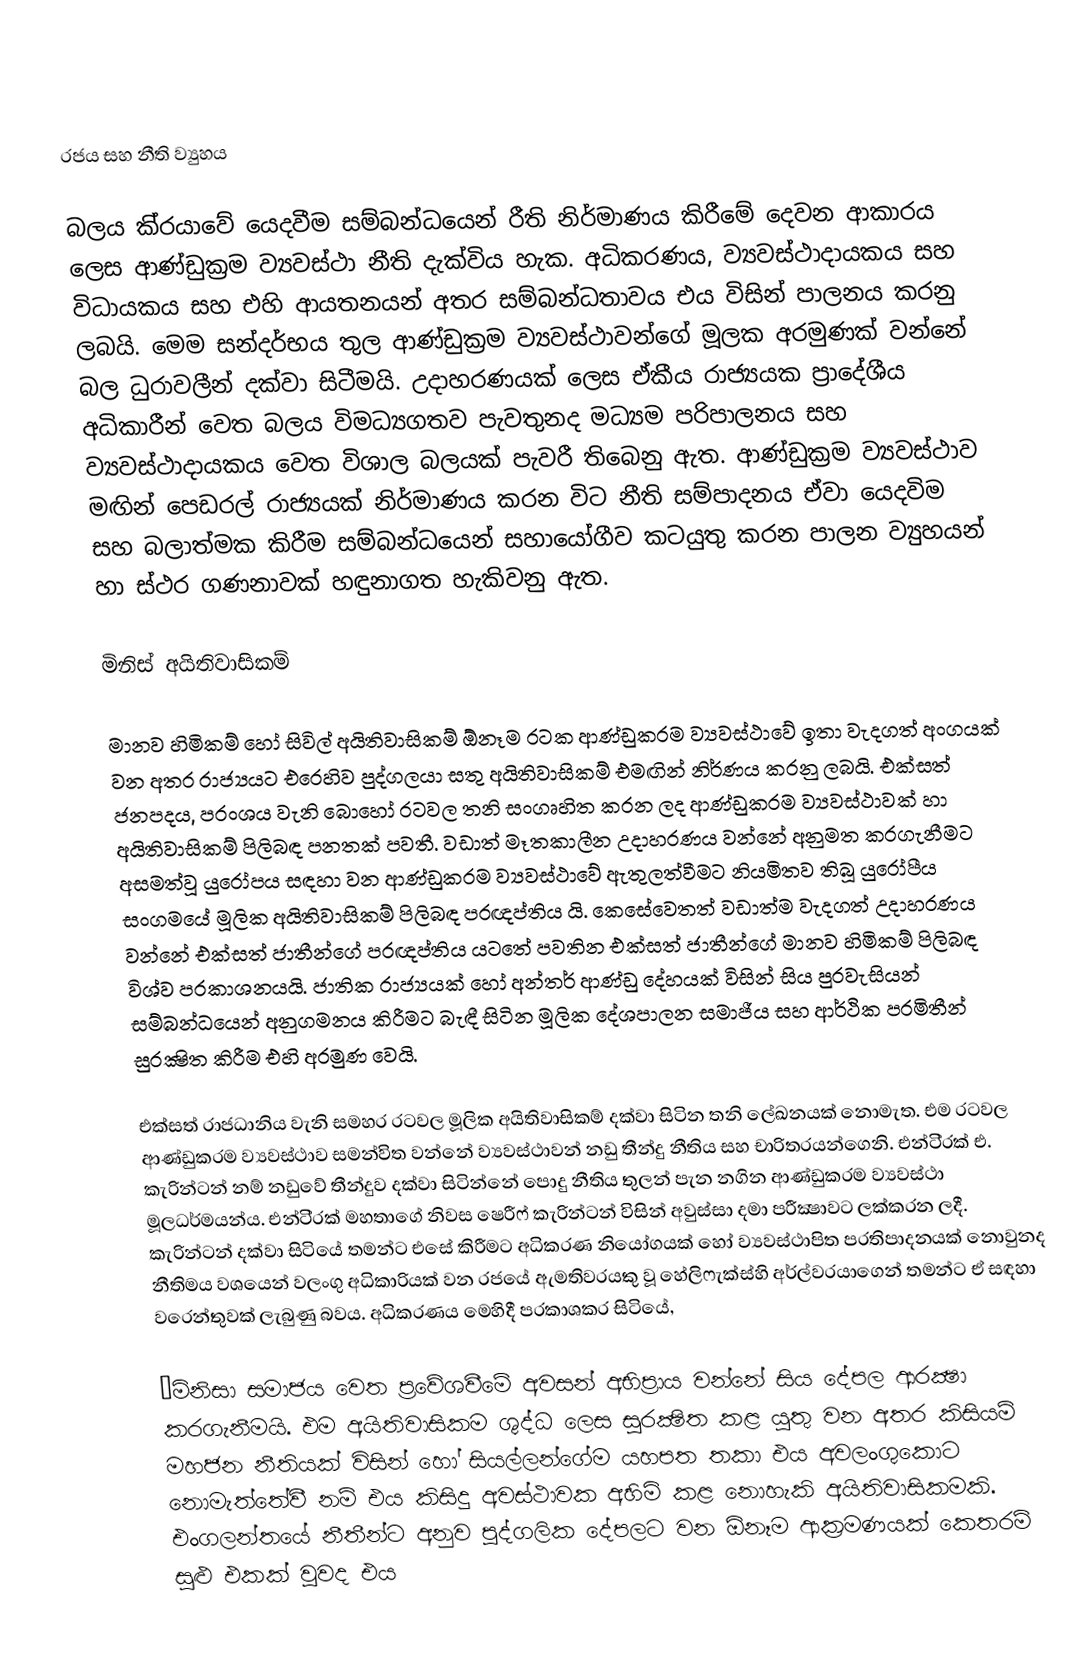

රජය සහ නීති ව්‍යුහය

බලය කි‍්‍රයාවේ යෙදවීම සම්බන්ධයෙන් රීති නිර්මාණය කිරීමේ දෙවන ආකාරය ලෙස ආණ්ඩුක‍්‍රම ව්‍යවස්ථා නීති දැක්විය හැක. අධිකරණය, ව්‍යවස්ථාදායකය සහ විධායකය සහ එහි ආයතනයන් අතර සම්බන්ධතාවය එය විසින් පාලනය කරනු ලබයි. මෙම සන්දර්භය තුල ආණ්ඩුක‍්‍රම ව්‍යවස්ථාවන්ගේ මූලක අරමුණක් වන්නේ බල ධුරාවලීන් දක්වා සිටීමයි. උදාහරණයක් ලෙස ඒකීය රාජ්‍යයක ප‍්‍රාදේශීය අධිකාරීන් වෙත බලය විමධ්‍යගතව පැවතුනද මධ්‍යම පරිපාලනය සහ ව්‍යවස්ථාදායකය වෙත විශාල බලයක් පැවරී තිබෙනු ඇත. ආණ්ඩුක‍්‍රම ව්‍යවස්ථාව මඟින් පෙඩරල් රාජ්‍යයක් නිර්මාණය කරන විට නීති සම්පාදනය ඒවා යෙදවිම සහ බලාත්මක කිරීම සම්බන්ධයෙන් සහායෝගීව කටයුතු කරන පාලන ව්‍යුහයන් හා ස්ථර ගණනාවක් හඳුනාගත හැකිවනු ඇත.

මිනිස් අයිතිවාසිකම්

මානව හිමිකම් හෝ සිවිල් අයිතිවාසිකම්  ඕනෑම රටක ආණ්ඩුක‍්‍රම ව්‍යවස්ථාවේ ඉතා වැදගත් අංගයක් වන අතර රාජ්‍යයට එරෙහිව පුද්ගලයා සතු අයිතිවාසිකම් එමඟින් නිර්ණය කරනු ලබයි. එක්සත් ජනපදය, ප‍්‍රංශය වැනි බොහෝ රටවල  තනි සංගෘහිත කරන ලද ආණ්ඩුක‍්‍රම ව්‍යවස්ථාවක් හා අයිතිවාසිකම් පිලිබඳ පනතක් පවතී. වඩාත් මෑතකාලීන උදාහරණය වන්නේ අනුමත කරගැනීමට අසමත්වූ යුරෝපය සඳහා වන ආණ්ඩුක‍්‍රම ව්‍යවස්ථාවේ ඇතුලත්වීමට නියමිතව තිබූ යුරෝපීය සංගමයේ මූලික අයිතිවාසිකම් පිලිබඳ ප‍්‍රඥප්තිය යි. කෙසේවෙතත් වඩාත්ම වැදගත් උදාහරණය වන්නේ එක්සත් ජාතීන්ගේ ප‍්‍රඥප්තිය යටතේ පවතින එක්සත් ජාතීන්ගේ මානව හිමිකම් පිලිබඳ විශ්ව ප‍්‍රකාශනයයි. ජාතික රාජ්‍යයක් හෝ අන්තර් ආණ්ඩු දේහයක් විසින් සිය පුරවැසියන් සම්බන්ධයෙන් අනුගමනය කිරීමට බැඳී සිටින මූලික දේශපාලන සමාජීය සහ ආර්ථික ප‍්‍රමිතීන් සුරක්‍ෂිත කිරීම එහි අරමුණ වෙයි.

එක්සත් රාජධානිය වැනි සමහර රටවල මූලික අයිතිවාසිකම් දක්වා සිටින තනි ලේඛනයක් නොමැත. එම රටවල ආණ්ඩුක‍්‍රම ව්‍යවස්ථාව සමන්විත වන්නේ ව්‍යවස්ථාවන් නඩු තීන්දු නීතිය සහ චාරිත‍්‍රයන්ගෙනි. එන්ටි‍්‍රක් එ. කැරින්ටන් නම් නඩුවේ තීන්දුව දක්වා සිටින්නේ පොදු නීතිය තුලන් පැන නගින ආණ්ඩුක‍්‍රම ව්‍යවස්ථා මූලධර්මයන්ය. එන්ටි‍්‍රක් මහතාගේ නිවස ෂෙරීෆ් කැරින්ටන් විසින් අවුස්සා දමා පරීක්‍ෂාවට ලක්කරන ලදී. කැරින්ටන් දක්වා සිටියේ තමන්ට එසේ කිරීමට අධිකරණ නියෝගයක් හෝ ව්‍යවස්ථාපිත ප‍්‍රතිපාදනයක් නොවුනද නීතිමය වශයෙන් වලංගු අධිකාරියක් වන රජයේ ඇමතිවරයකු වූ හේලිෆැක්ස්හි අර්ල්වරයාගෙන් තමන්ට ඒ සඳහා වරෙන්තුවක් ලැබුණු බවය. අධිකරණය මෙහිදී ප‍්‍රකාශකර සිටියේ,

”මිනිසා සමාජය වෙත ප‍්‍රවේශවීමේ අවසන් අභිප‍්‍රාය වන්නේ සිය දේපල ආරක්‍ෂා කරගැනීමයි. එම අයිතිවාසිකම ශුද්ධ ලෙස සුරක්‍ෂිත කළ යුතු වන අතර කිසියම් මහජන නීතියක් විසින් හෝ සියල්ලන්ගේම යහපත තකා එය අවලංගුකොට නොමැත්තේවී නම් එය කිසිදු අවස්ථාවක අහිමි කළ නොහැකි අයිතිවාසිකමකි. එංගලන්තයේ නීතීන්ට අනුව පුද්ගලික දේපලට වන  ඕනෑම ආක‍්‍රමණයක් කෙතරම් සුළු එකක් වුවද එය